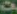
6